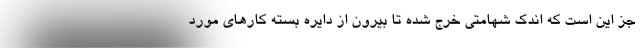
جز این است که اندک شهامتی خرج شده تا بیرون از دایره بسته کارهای مورد